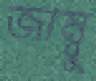
জাম্বু